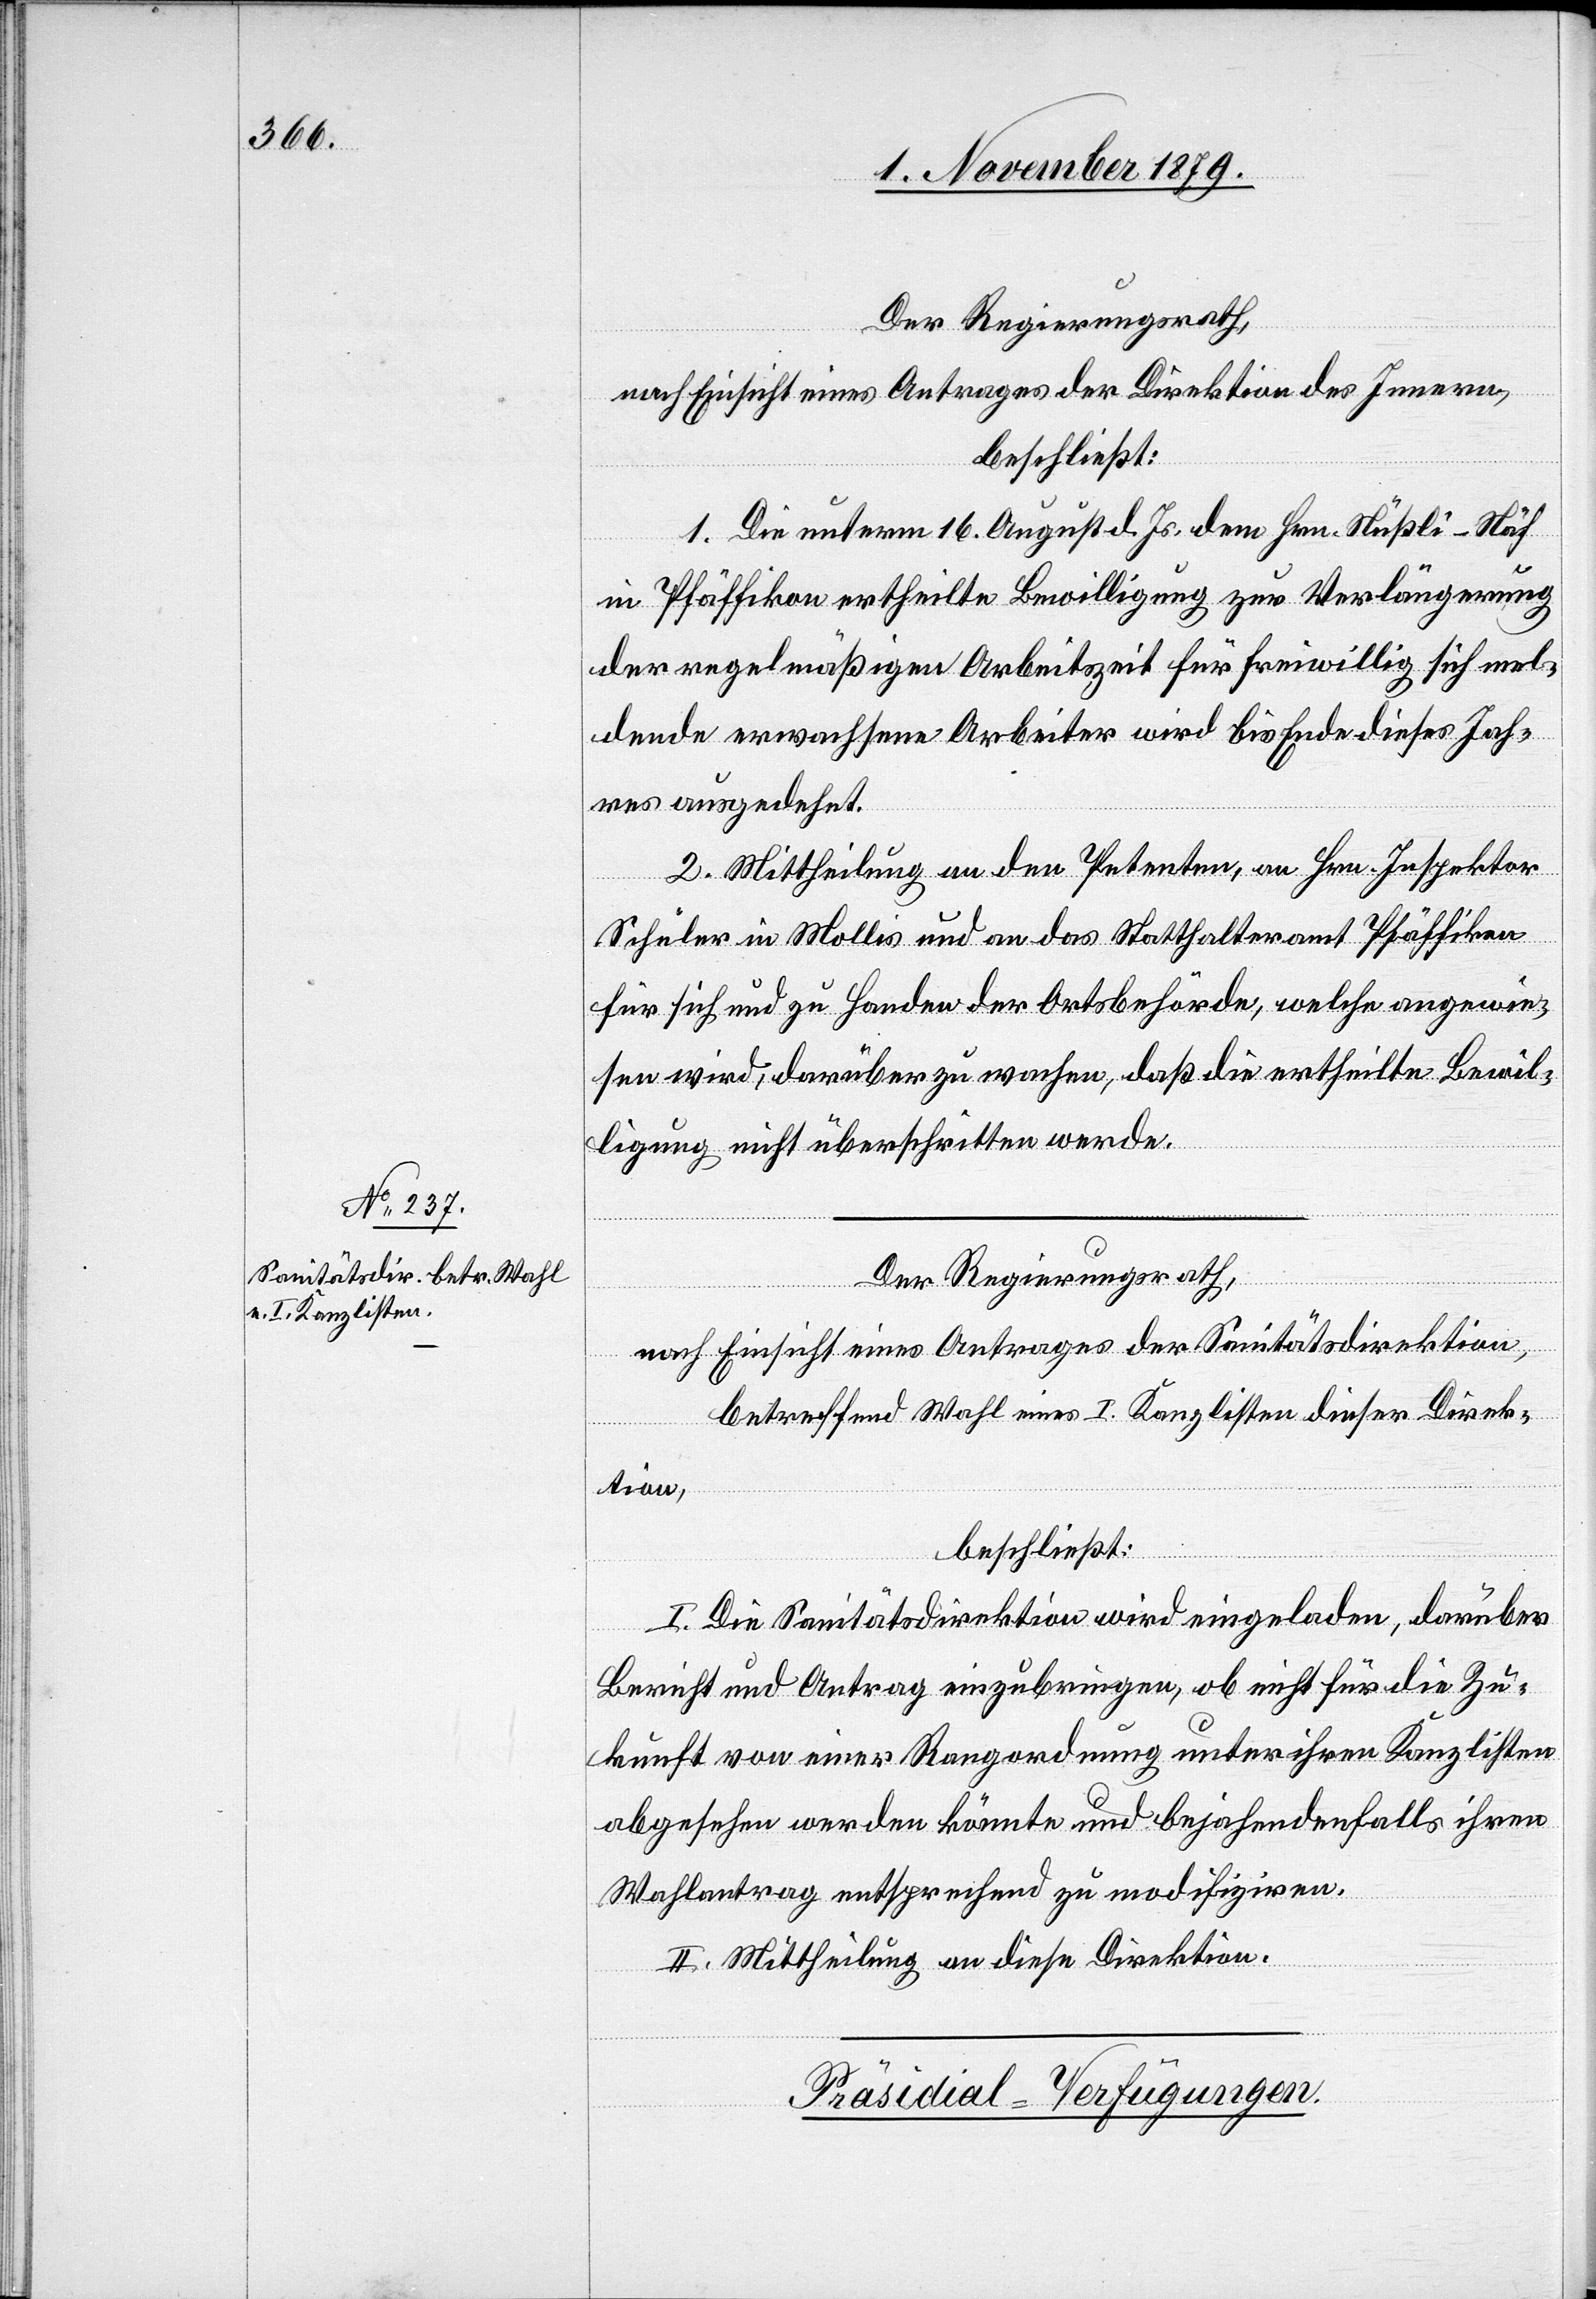
Der Regierungsrath,
nach Einsicht eines Antrages der Direktion des Innern,
beschließt:
1. Die unterm 16. August d. Js. dem Hrn. Nüßli-Näf
in Pfäffikon ertheilte Bewilligung zur Verlängerung
der regelmäßigen Arbeitszeit für freiwillig sich mel¬
dende erwachsene Arbeiter wird bis Ende dieses Jah¬
wird
res ausgedehnt.
2. Mittheilung an den Petenten, an Hrn. Inspektor
Schüler in Mollis und an das Statthalteramt Pfäffikon
für sich und zu Handen der Ortsbehörde, welche angewie¬
sen wird, darüber zu wachen, daß die ertheilte Bewil¬
ligung nicht überschritten werde.
Der Regierungsrath,
nach Einsicht eines Antrages der Sanitätsdirektion,
betreffend Wahl eines I. Kanzlisten dieser Direk¬
tion,
beschließt:
darüber
Bericht und Antrag einzubringen, ob nicht für die Zu¬
kunft von einer Rangordnung unter ihren Kanzlisten
abgesehen werden könnte und bejahendenfalls ihren
Wahlantrag entsprechend zu modifiziren.
II. Mittheilung an diese Direktion.